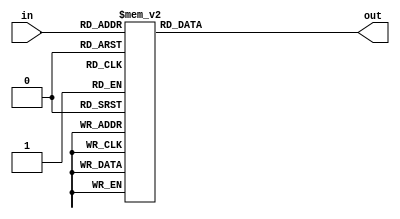
/* aditor de trs unidades */
module add3(in, out);
    /* retorna:
        (i) o prprio nmero, se menor que 4;
        (ii) o nmero somado de 3 unidades, se maior que 4 e menor que 9;
        (iii) 0, se maior que 9;
     */

    input [3:0] in; // Declara uma entrada in de 4 bits
    output [3:0] out; // Declara uma sada out de 4 bits
    reg [3:0] out; // Setando out como um registrador de 4 bits

    always @ (in) // Sempre que a entrada in mudar de valor:
    // Soma 3 aos nmeros maiores que 4
    // Caso o nmero seja maior que 9, o padro  0
        case (in)
        4'b0000: out <= 4'b0000;
        4'b0001: out <= 4'b0001;
        4'b0010: out <= 4'b0010;
        4'b0011: out <= 4'b0011;
        4'b0100: out <= 4'b0100;
        4'b0101: out <= 4'b1000;
        4'b0110: out <= 4'b1001;
        4'b0111: out <= 4'b1010;
        4'b1000: out <= 4'b1011;
        4'b1001: out <= 4'b1100;
        default: out <= 4'b0000;
        endcase
endmodule